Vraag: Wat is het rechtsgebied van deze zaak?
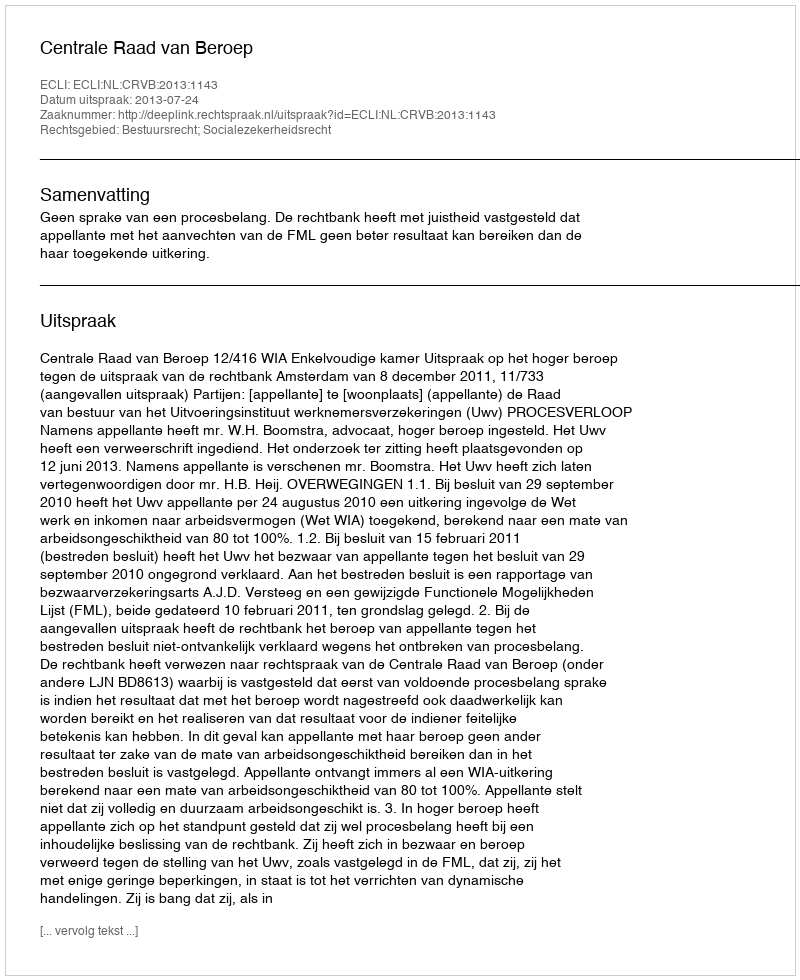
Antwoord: Bestuursrecht; Socialezekerheidsrecht